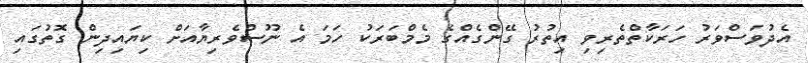
އެދުވަސްވަރު ހަރަކާތްތެރިވި އިތުރު ގޭންގެއްގެ މެމްބަރަކު ހަމަ އެ ނޫސްވެރިޔާއަށް ކިޔައިދިން ގޮތުގައި